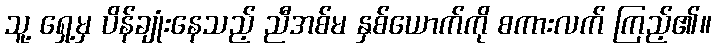
သူ့ ရှေ့မှ ပိန်ချုံးနေသည့် ညီအစ်မ နှစ်ယောက်ကို စကားလက် ကြည့်၏။